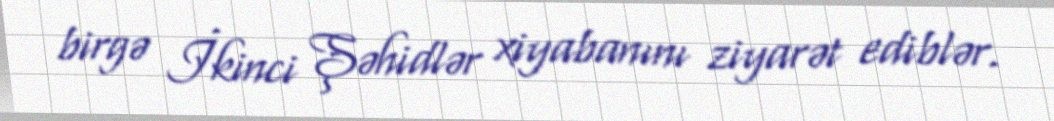
birgə İkinci Şəhidlər xiyabanını ziyarət ediblər.